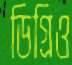
ডিগ্রিও